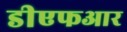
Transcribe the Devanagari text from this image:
डीएफआर